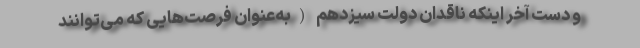
و دست آخر اینکه ناقدان دولت سیزدهم (به‌عنوان فرصت‌هایی که می‌توانند